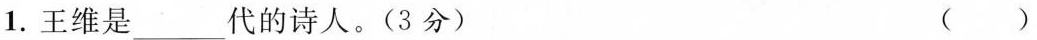
1.王维是___代的诗人。(3分) ()